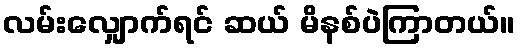
လမ်းလျှောက်ရင် ဆယ် မိနစ်ပဲကြာတယ်။